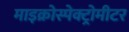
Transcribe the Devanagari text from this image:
माइक्रोस्पेक्ट्रोमीटर